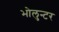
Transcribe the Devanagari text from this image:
भोलुन्टर